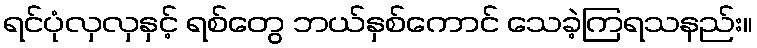
ရင်ပုံလှလှနှင့် ရစ်တွေ ဘယ်နှစ်ကောင် သေခဲ့ကြရသနည်း။